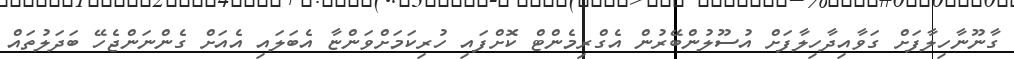
ގާނޫނާހިލާފަށް ގަވާއިދާހިލާފަށް އުސޫލުންބޭރުން އެގްރިމެންޓް ކޮށްފައި ހުރިކަމަށްވަންޏާ އެބަލައި އެއަށް ގެންނަންޖެހޭ ބަދަލުތައް